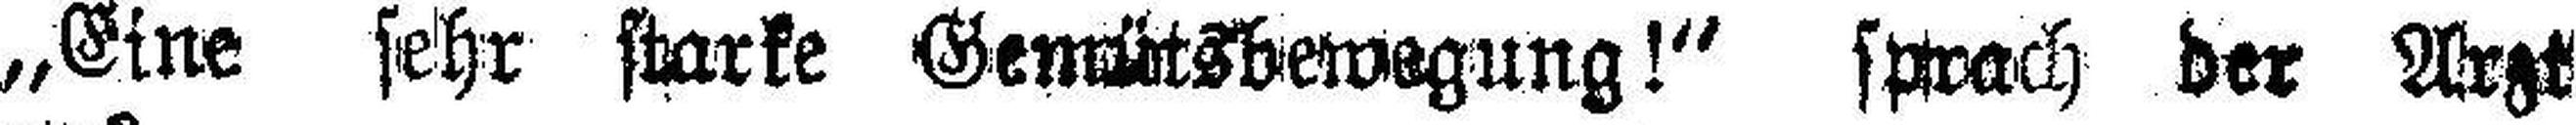
„Eine sehr starke Gemütsbewegung!“ sprach der Arzt